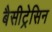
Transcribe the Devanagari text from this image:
बैसीट्रेसिन